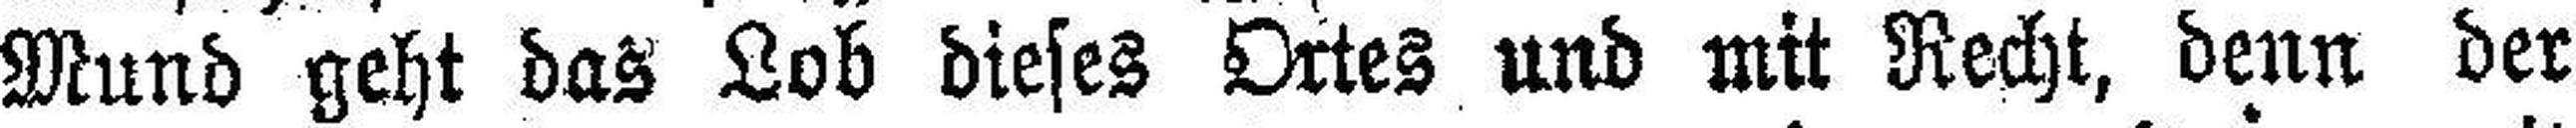
Mund geht das Lob dieses Ortes und mit Recht, denn der